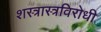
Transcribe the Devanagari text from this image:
शस्त्रास्त्रविरोधी